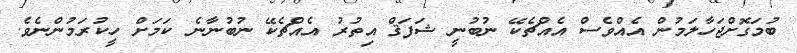
ބުމަގޮށްޖަހާލަމުން އެއްވެސް އެއްޗެކޭ ނުބުނީ ޝަފަޤް އިތުރު އެއްޗެކޭ ނުބުނާނެ ކަމަށް ހީކުރަމުންނެވެ.